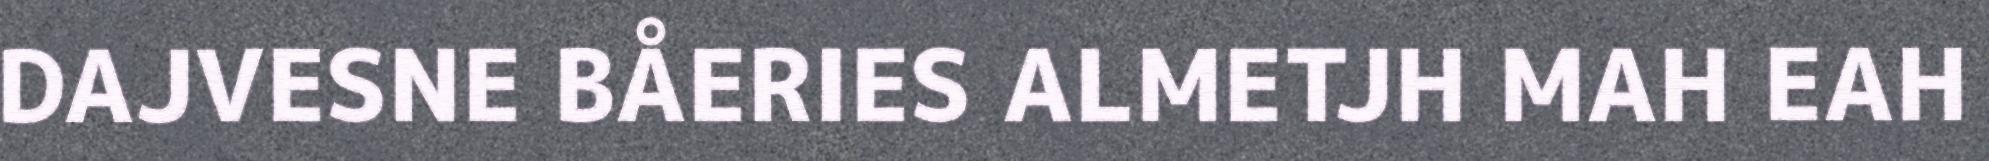
DAJVESNE BÅERIES ALMETJH MAH EAH